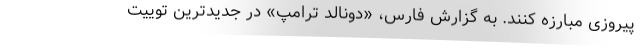
پیروزی مبارزه کنند. به گزارش فارس، «دونالد ترامپ» در جدیدترین توییت